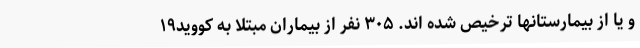
و یا از بیمارستانها ترخیص شده اند. ۳۰۵ نفر از بیماران مبتلا به کووید۱۹